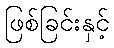
ဖြစ်ခြင်းနှင့်